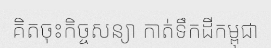
គិតចុះកិច្ចសន្យា កាត់ទឹកដីកម្ពុជា